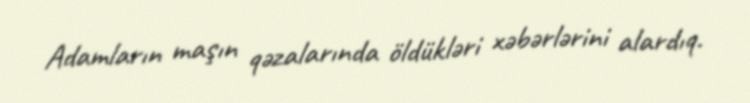
Adamların maşın qəzalarında öldükləri xəbərlərini alardıq.